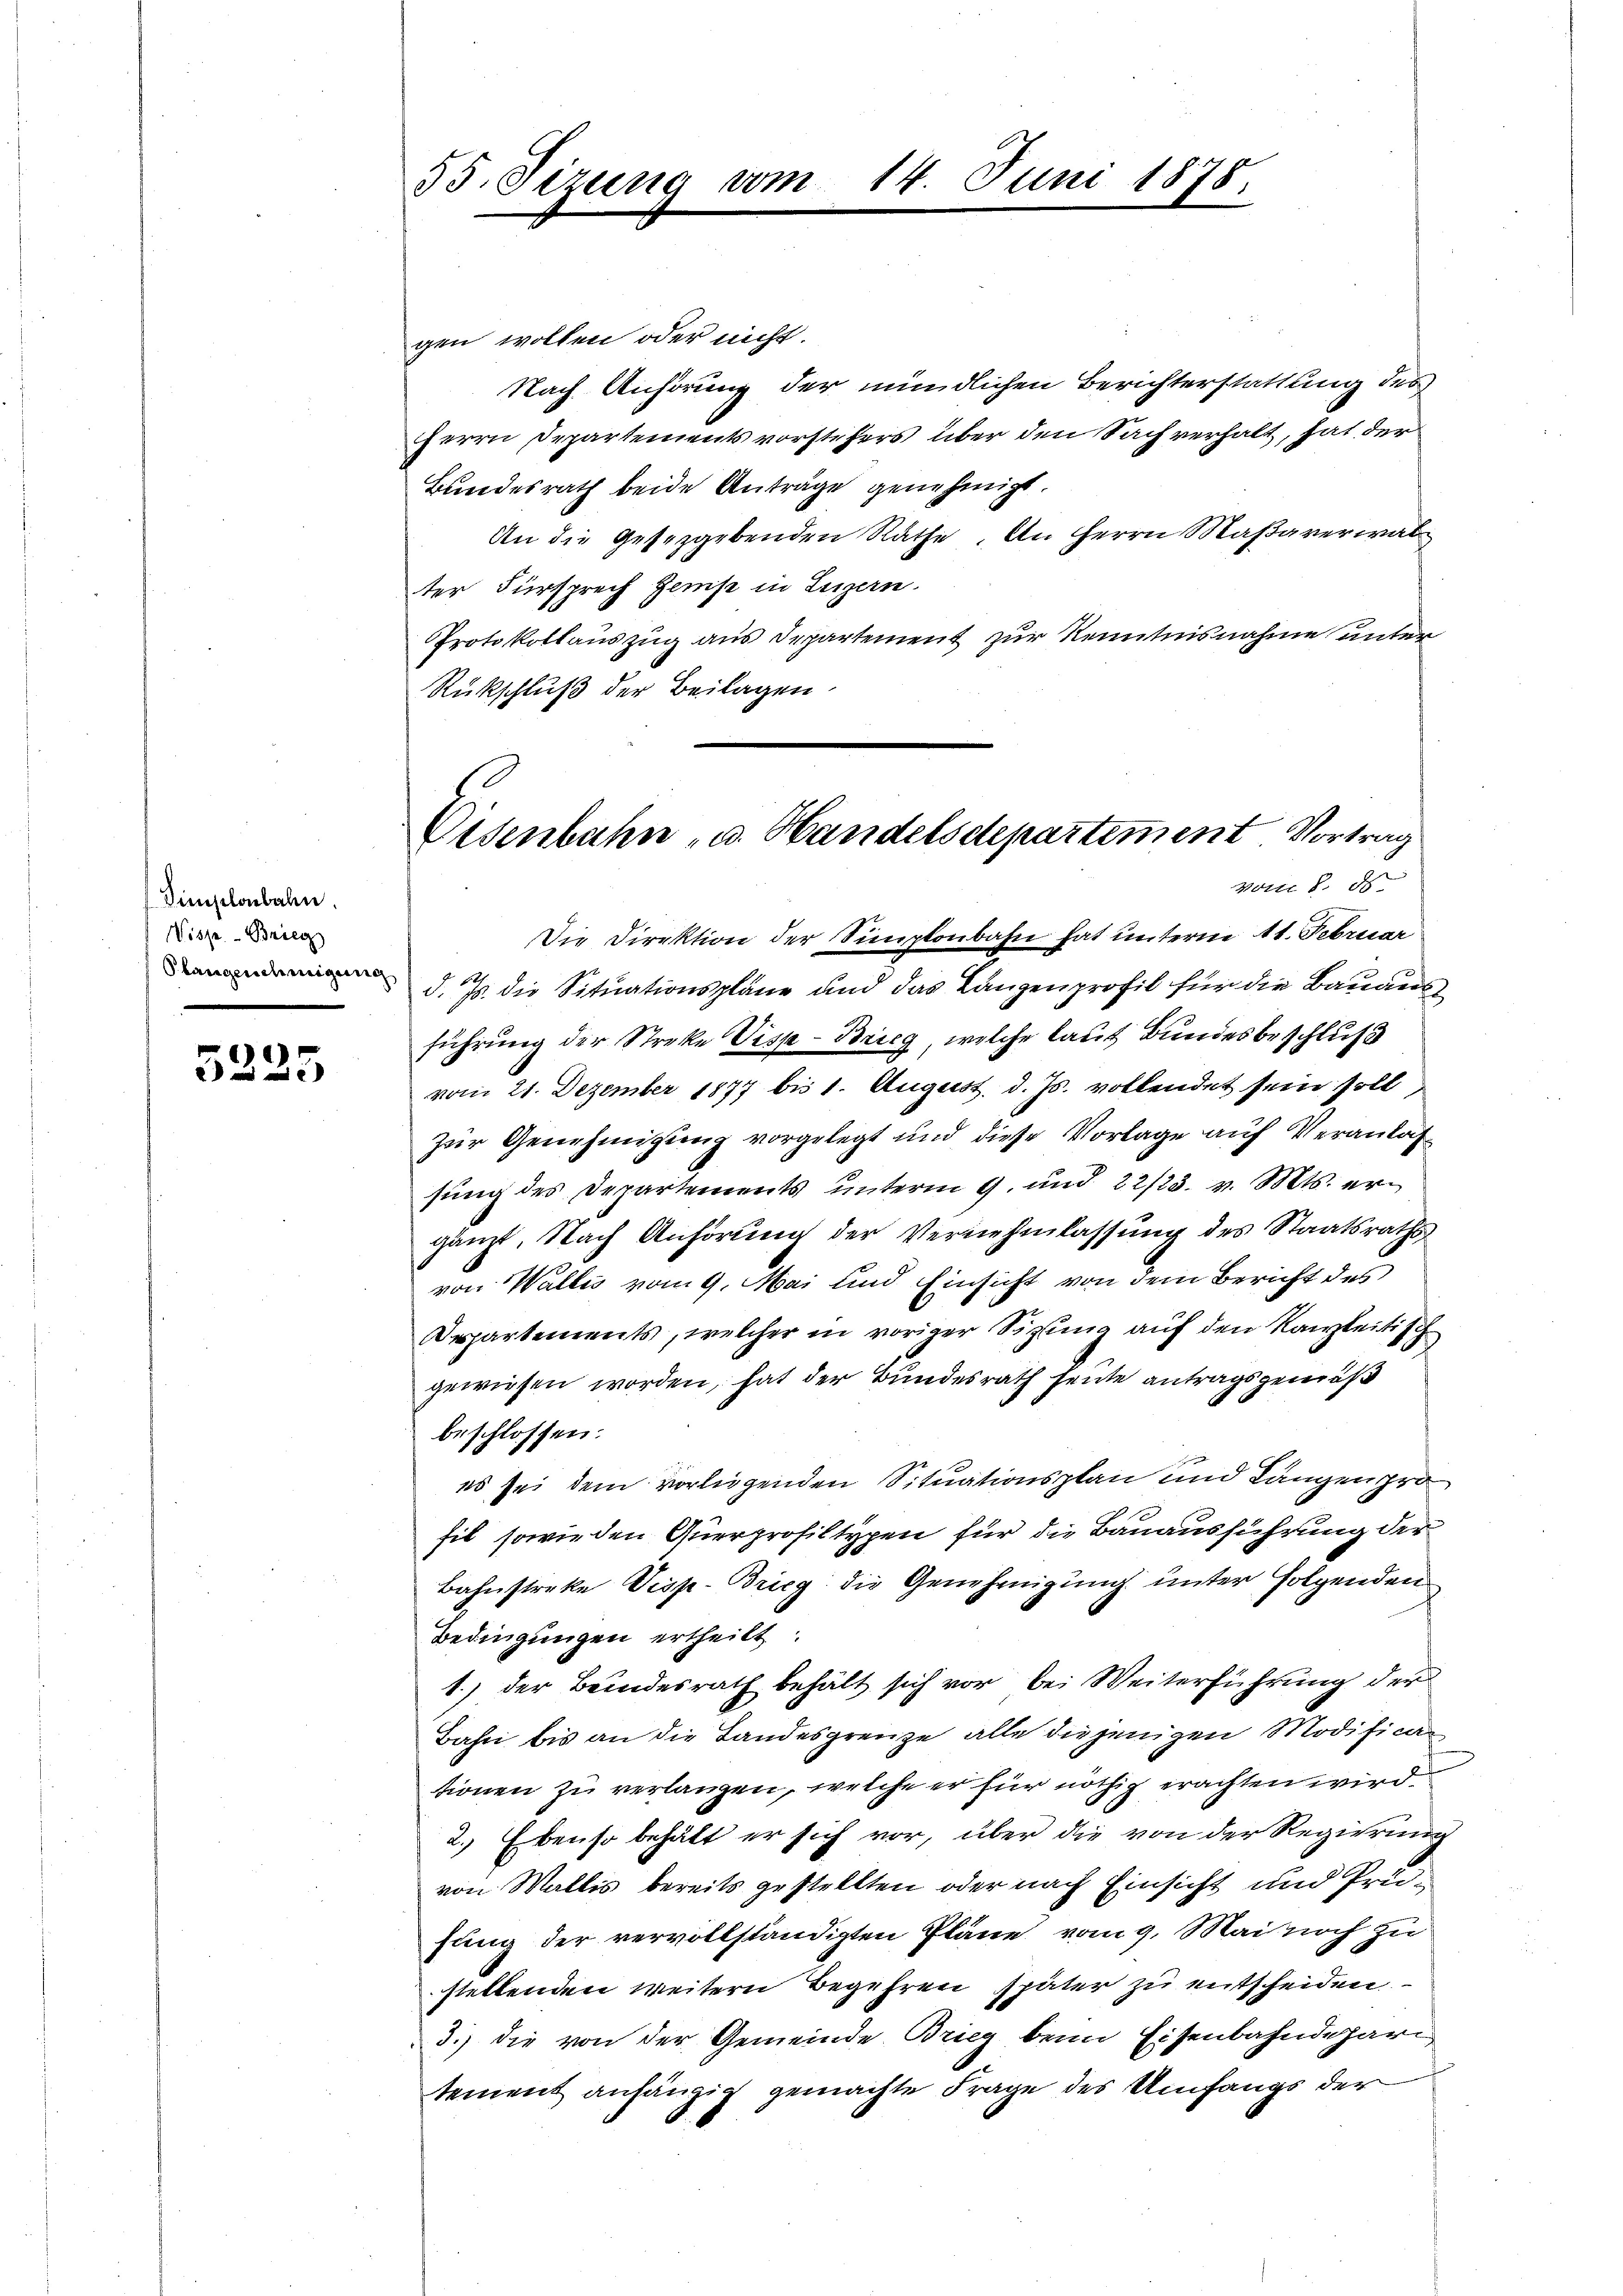
Simplonbahn
Wisse - Brie
Plangenehmigun

5225

35. Sizung vom 14. Juni 1878.

Eisenbahn u. Handelsdepartement Vortrag
Vorte 8. ds
Die Direktion der Simplonbahn hat unterm 11. Februar
2

gen wollen oder nicht.
Nach Anhörung der mündlichen Berichterstattung des
Herrn Departements vorstehers über den Sachverhalt, hat der
Bundesrath beide Anträge genehmigt.
An die Gesetzgebenden Räthe. An Herrn Maßaverwal
ter Fürsprech Geise in Luzern.
Protokollauszug aus Departement zur Kenntnisnahme unter
Rückschluß der Beilagen.

d. Js. die Situationspläne und das Langenprofil für die Bauaus
führung der Streke Visp - Brieg, welche laut Bundesbeschluß
vom 21. Dezember 1877 bis 1. August. d. Js. vollendet sein soll
zur Genehmigung vorgelegt und diese Vorlage auf Veranlas
sung des Departements unterm 9. und 22/23. v. Mts. ergänzt. Nach Anhörung der Vernehmlassung des Staatsraths
von Wallis vom 9. Mai und Einsicht von dem Bericht des
Departements, welcher in voriger Sitzung auf den Kanzleitisch
gewiesen worden, hat der Bundesrath heute antragsgemäß
beschlossen:
es sei dem vorliegenden Situationsplan und Längen pro
hil sowie den Querprofiltypen für die Bauausführung der
Bahnstreke Visp. Brieg die Genehmigung unter folgenden
Bedingungen ertheilt.
1.) der Beindesrath behält sich vor bei Weiterführung der
Bahn bis an die Landesgrenze alle diejenigen Modifican
tionen zu verlangen, welche er für nöthig erachten wird
2.) Ebenso behält er sich vor, über die von der Regierung
von Wallis bereits gestellten oder nach Einsicht und Prüfung der vervollständigten Pläne vom 9. Mai noch zu
stellenden weitern Begehren später zu entscheiden
3.) die von der Gemeinde Brieg beim Eisenbahndepari
tement anhängig gemachte Frage des Umfangs der